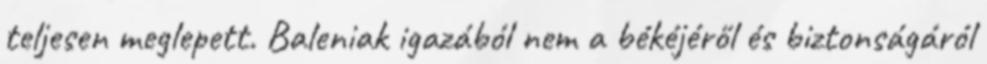
teljesen meglepett. Baleniak igazából nem a békéjéről és biztonságáról